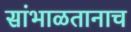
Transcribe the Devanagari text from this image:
सांभाळतानाच